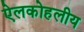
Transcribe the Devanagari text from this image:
ऐलकोहलीय